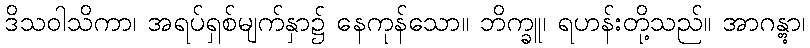
ဒိသဝါသိကာ၊ အရပ်ရှစ်မျက်နှာ၌ နေကုန်သော။ ဘိက္ခူ၊ ရဟန်းတို့သည်။ အာဂန္တွာ၊